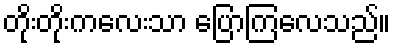
တိုးတိုးကလေးသာ ပြောကြလေသည်။